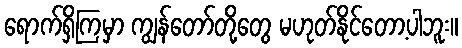
ရောက်ရှိကြမှာ ကျွန်တော်တို့တွေ မဟုတ်နိုင်တော့ပါဘူး။